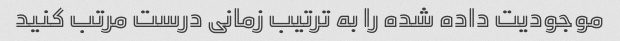
موجودیت داده شده را به ترتیب زمانی درست مرتب کنید